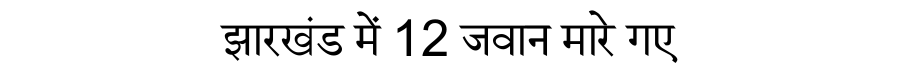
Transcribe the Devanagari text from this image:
झारखंड में 12 जवान मारे गए